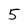
Character: 5